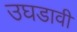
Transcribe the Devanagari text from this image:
उघडावी